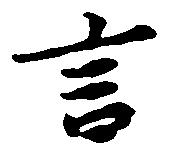
言